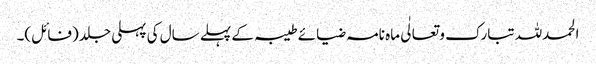
الحمدللہ تبارک و تعالٰی ماہ نامہ ضیائے طیبہ کے پہلے سال کی پہلی جلد (فائل)۔